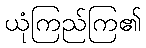
ယုံကြည်ကြ၏